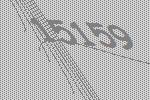
15159